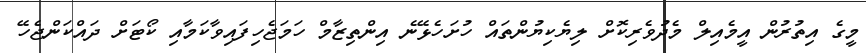
މީގެ އިތުރުން އީމެއިލް މެދުވެރިކޮށް ލިޔެކިޔުންތައް ހުށަހެޅޭނެ އިންތިޒާމް ހަމަޖެހިފައިވާކަމާއި ކޯޓަށް ދައްކަންޖެހޭ